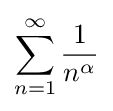
\sum _{n=1}^{\infty }{\frac {1}{n^{\alpha }}}